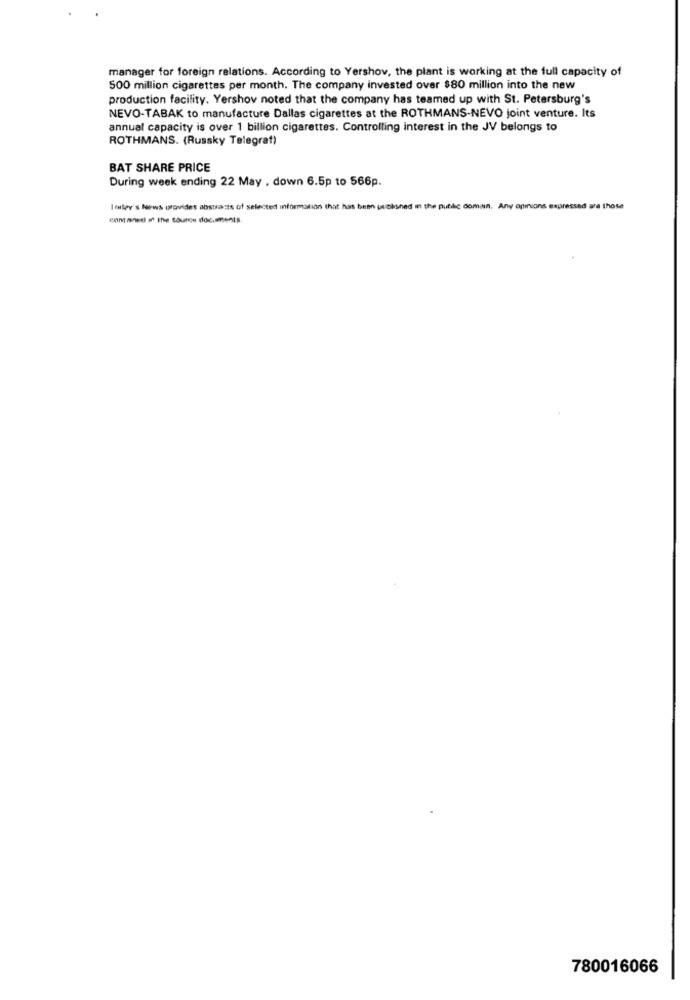
manager for foreign relations. According to Yershov, the plant is working at the full capacity of
500 million cigarettes per month. The company invested over $80 million into the new
production facility. Yershov noted that the company has teamed up with St. Petersburg's
NEVO-TABAK to manufacture Dallas cigarettes at the ROTHMANS-NEVO joint venture. Its
annual capacity is over 1 billion cigarettes. Controlling interest in the JV belongs to
ROTHMANS. (Russky Telegraf)
BAT SHARE PRICE
During week ending 22 May , down 6.5p to 566p.
I ttey's News provides abstracts of selected information that has been un thisned in the public domain. Any opinions expressed are those
contiened if the Source documents
780016066